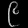
Digit: ၉